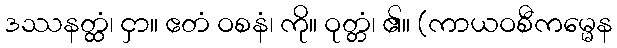
ဒဿနတ္ထံ၊ ငှာ။ ဧတံ ဝစနံ၊ ကို။ ဝုတ္တံ၊ ၏။ (ကာယဝစီကမ္မေန